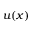
u ( x )